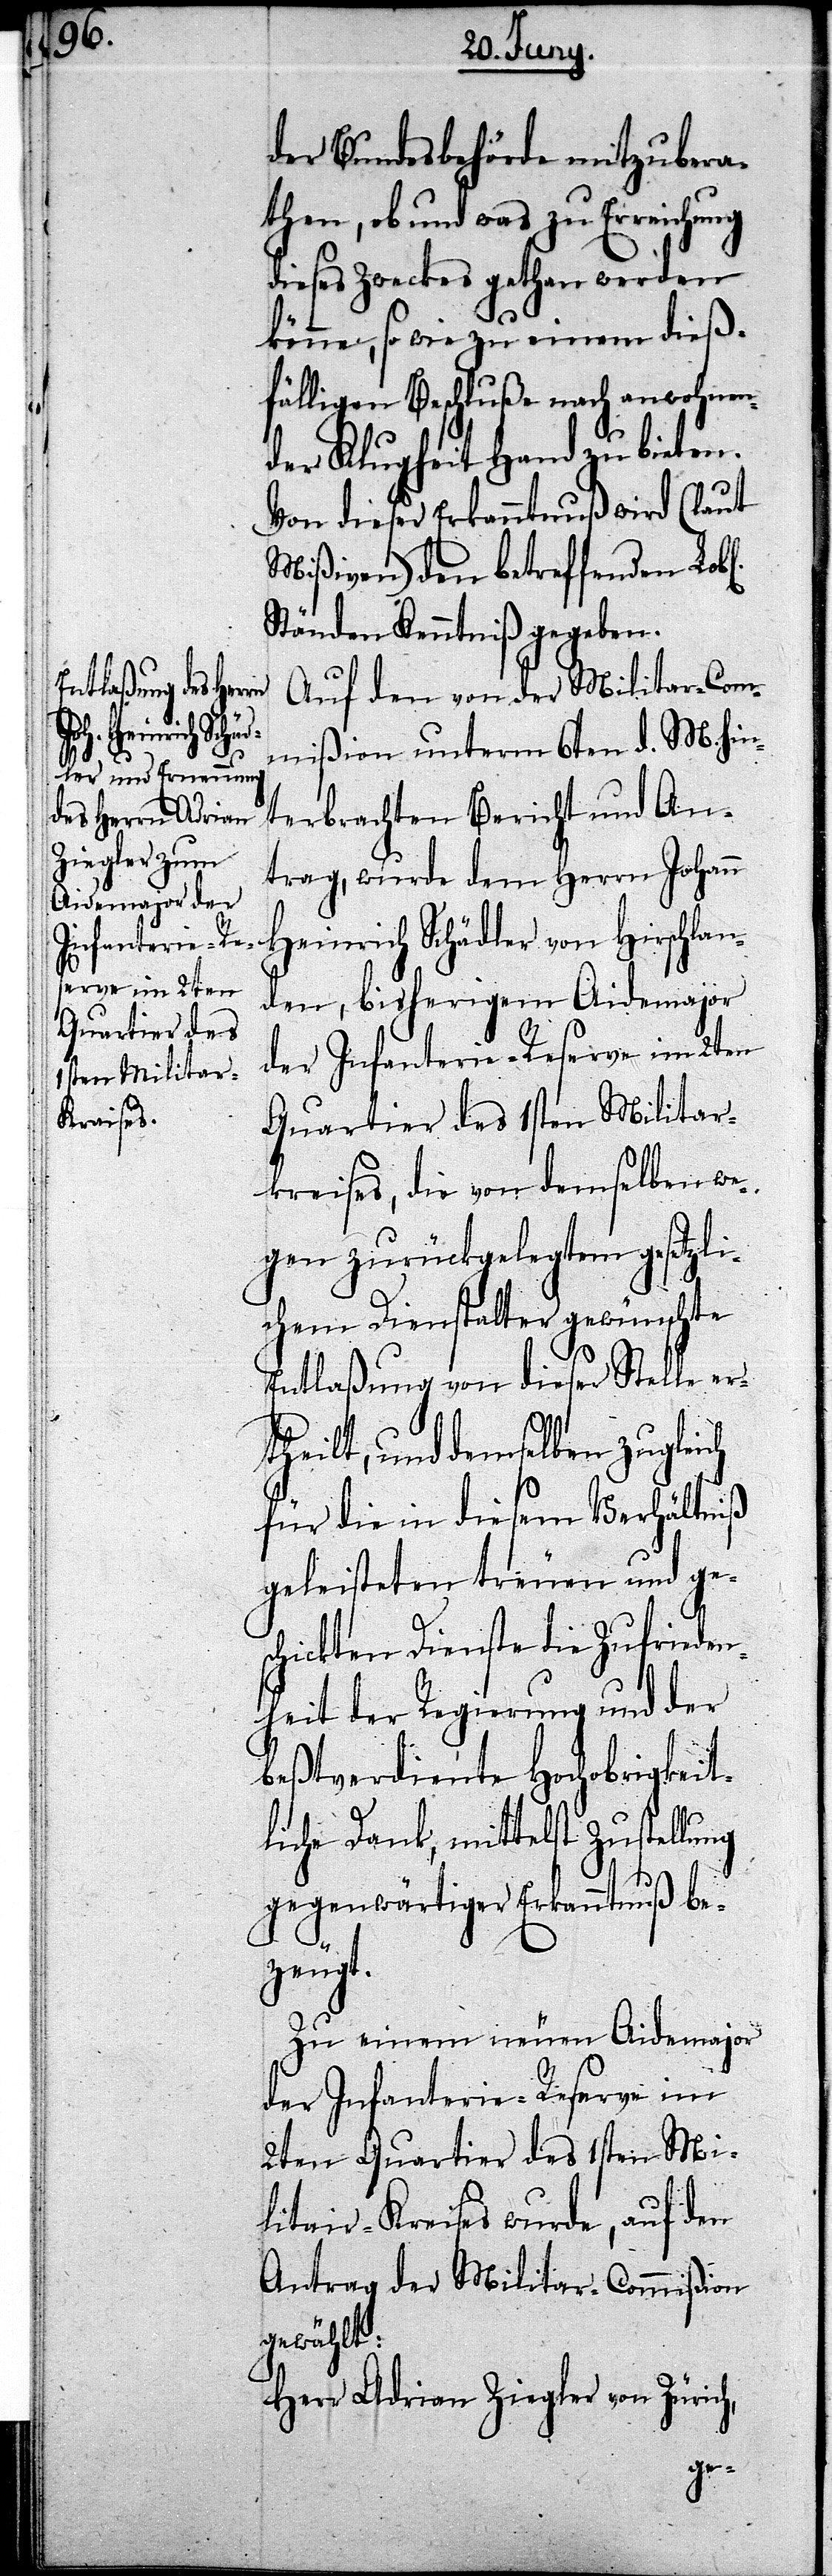
der Bundesbehörde mitzubera¬
then, ob und was zu Erreichung
dieses Zweckes gethan werden
könne, so wie zu einem dieß¬
fälligen Beschluße nach anwohnen¬
der Klugheit Hand zu bieten.
Von dieser Erkanntnuß wird (laut
Mißiven) den betreffenden Lobl.
Ständen Kenntniß gegeben.
Auf den von der Militar-Com¬
mißion unterm 6ten d. M. hin¬
terbrachten Bericht und An¬
trag, wurde dem Herrn Johann
Heinrich Schädler von Hirslan¬
den, bisherigem Aidemajor
der Infanterie-Reserve im 2ten
Quartier des 1sten Militar¬
kreises, die von demselben we¬
gen zurückgelegtem gesetzli¬
chem Dienstalter gewünschte
Entlaßung von dieser Stelle er¬
theilt, und demselben zugleich
für die in diesem Verhältniß
geleisteten treuen und ges¬
chickten Dienste die Zufrieden¬
heit der Regierung und der
beßtverdiente Hochobrigkeit¬
liche Dank, mittelst Zustellung
gegenwärtiger Erkanntnuß be¬
zeugt.
Zu einem neuen Aidemajor
der Infanterie-Reserve im
2ten Quartier des 1sten Mi¬
litair-Kreises wurde, auf den
Antrag der Militar-Commißion
gewählt:
Herr Adrian Ziegler von Züric¬
h,